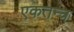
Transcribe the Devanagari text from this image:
एकतन्त्र